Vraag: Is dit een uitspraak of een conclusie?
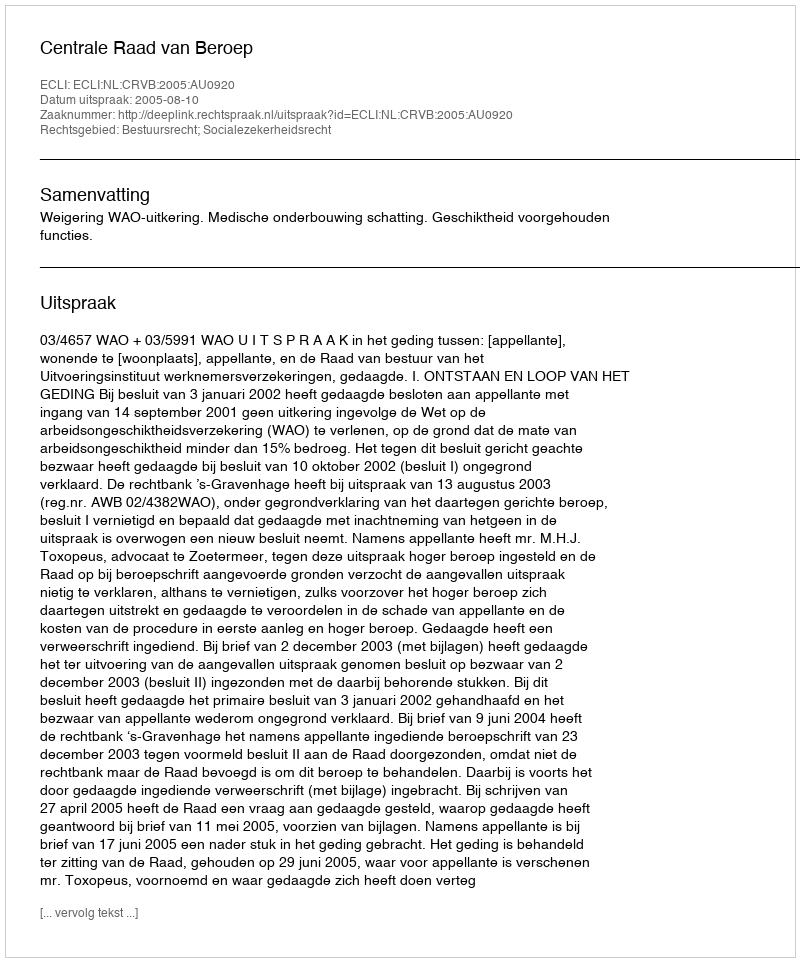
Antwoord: Uitspraak